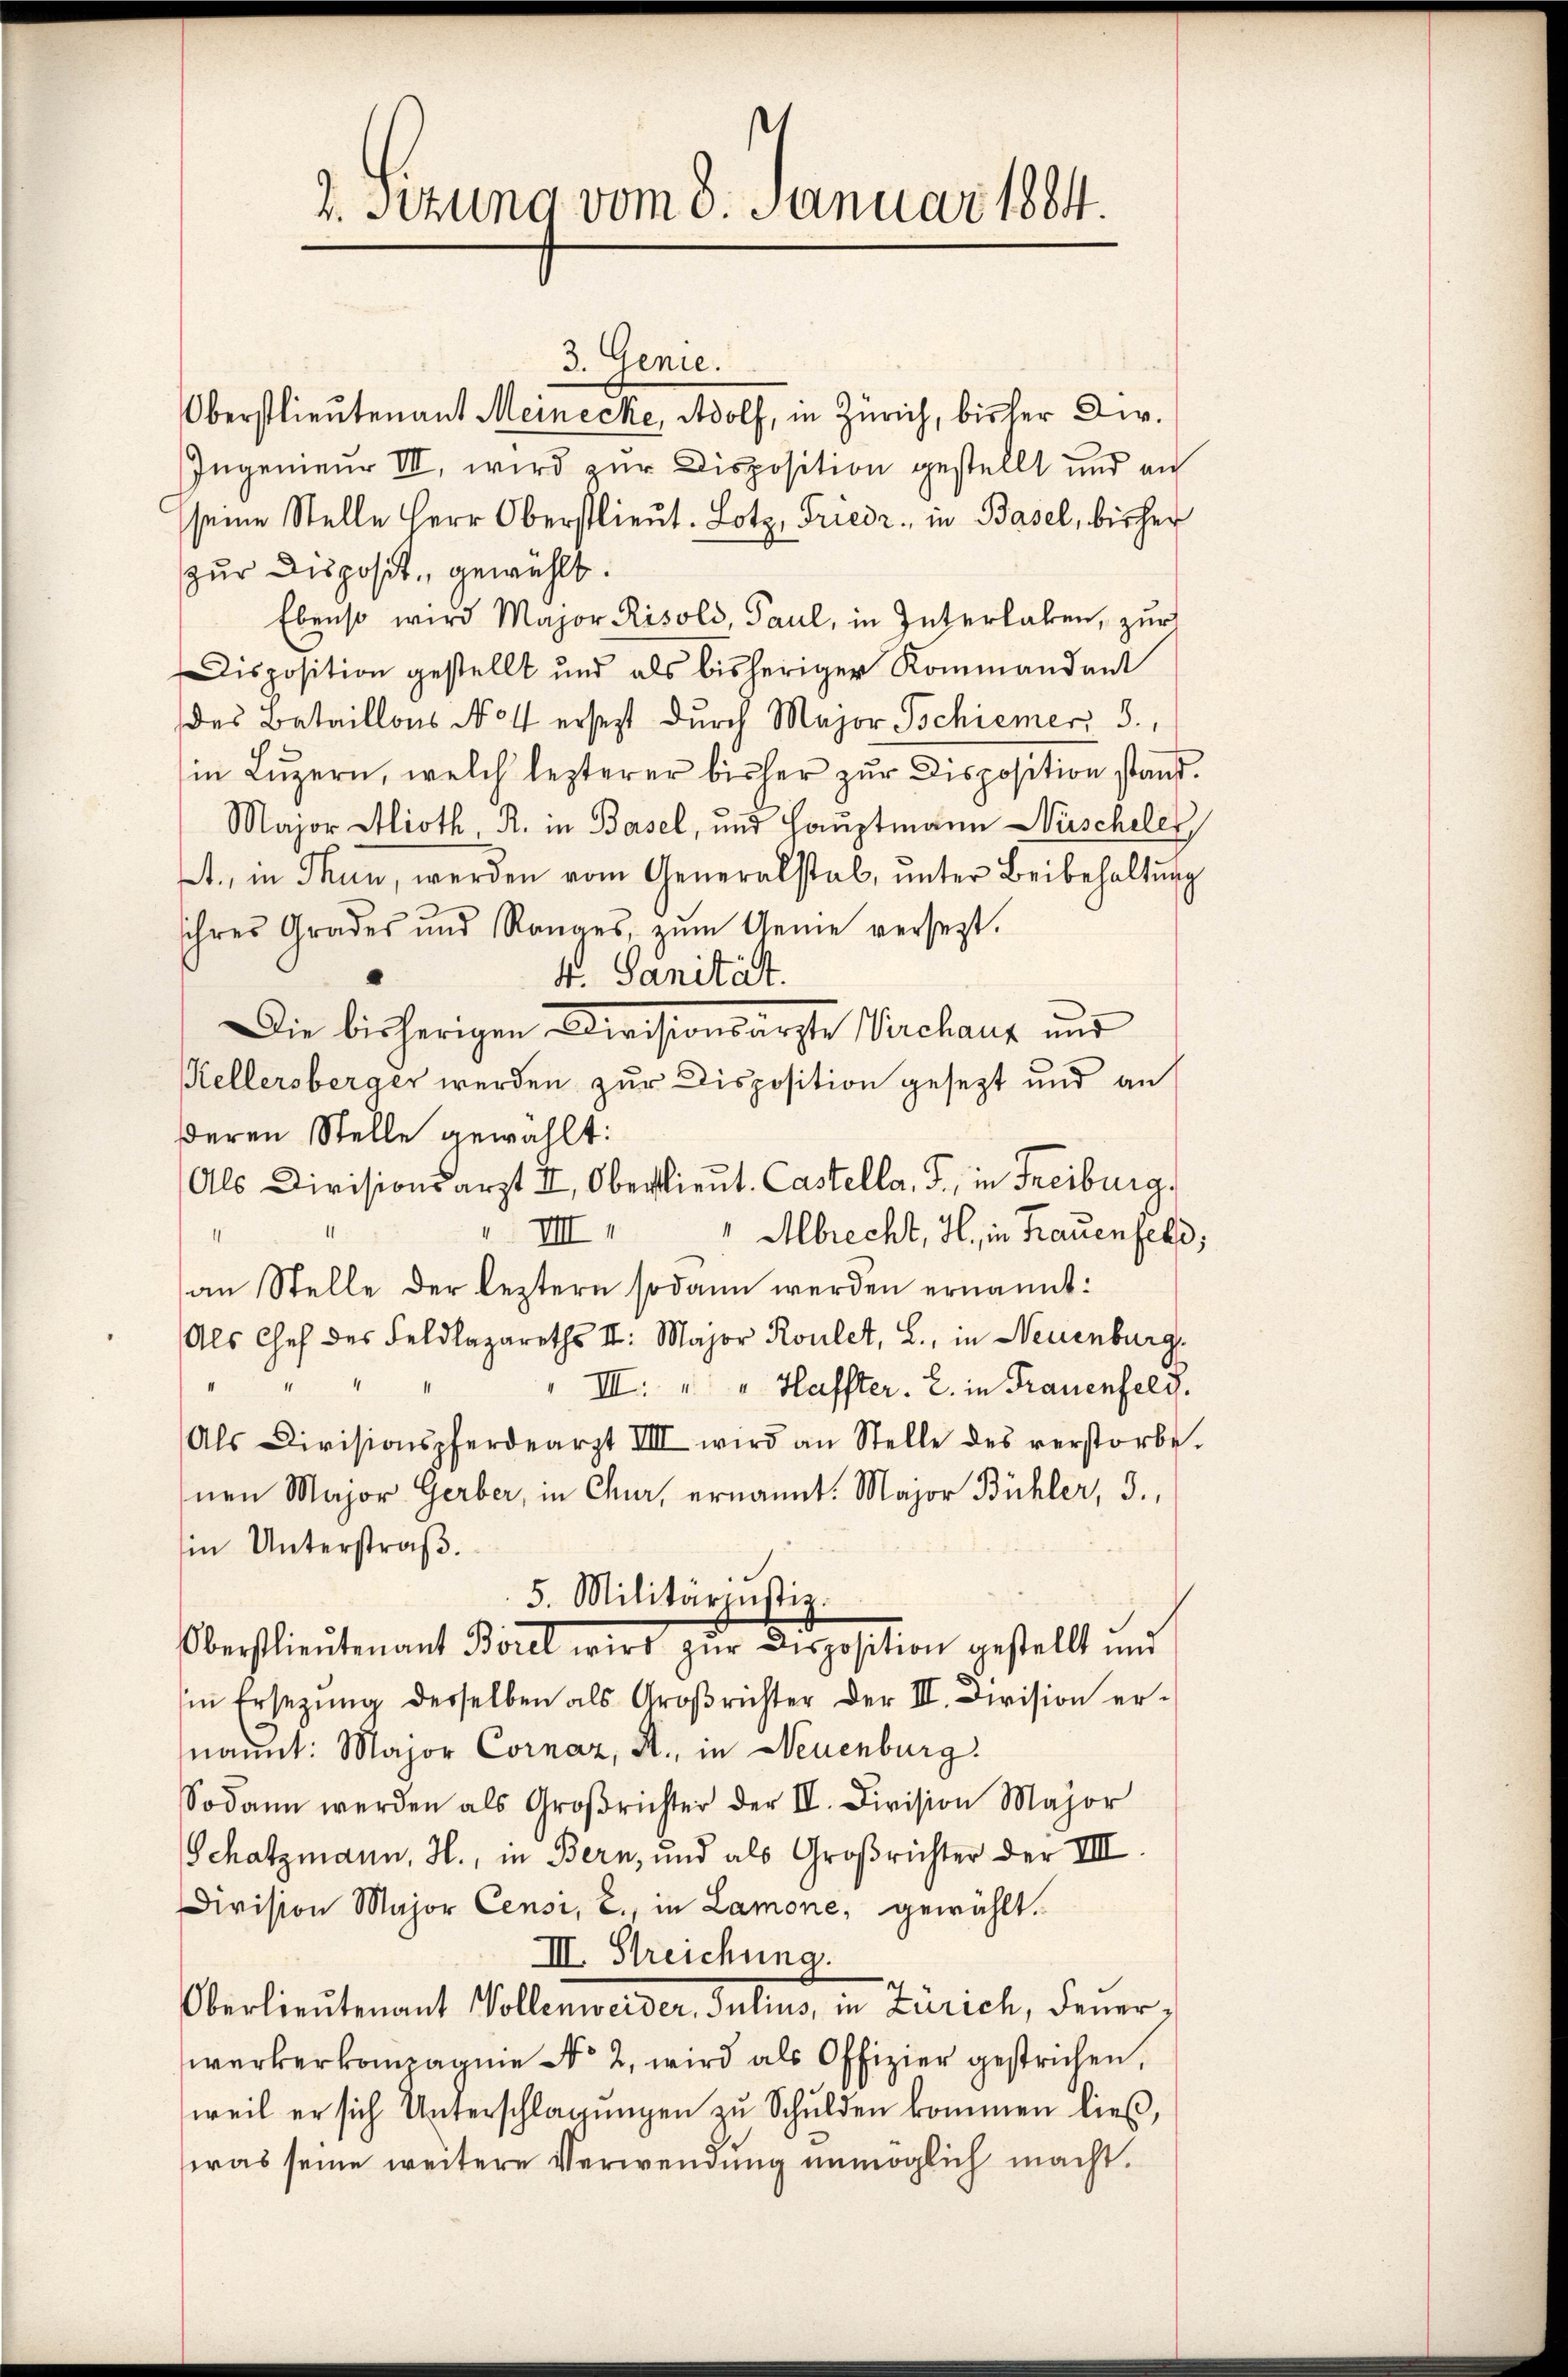
2. Sitzung vom 8. Januar 1884.

3. Genie.
Oberstlieutenant Meinecke, Adolf, in Zürich, bisher Dr.
Ingenieur III, wird zur Disposition gestellt und au
seine Stelle Herr Oberstlieut. Lotz, Friedr. in Basel, bisher
zur Disposit. gewählt.
Ebenso wird Major Risold, Paul, in Interhaben, zur
Disposition gestellt und als bisheriger Kommandant
des Bataillons No 4 ersetzt durch Major Tschiener, 3.,
in Lŭzern, welch lezterer bisher zŭr Disposition stand.
Major Alioth, R. in Basel, und Hauptmann Nüscheler
t., in Thun, werden vom Generalstab, unter Beibehaltung
ihres Grades und Ranges, zŭm Aeme versetzt.
4. Sanität.
Die bisherigen Divisionsarzte Werchaus und
Kellersberger werden zur Disposition gesezt und an
deren Stelle gewählt:
Als Divisionsarzt II, Oberlieŭt. Castella, J., in Freiburg,
" VIII " " Albrecht, H., in Frauenfels,
I
an Stelle der leztern sodann werden ernannt:
Als Chef des Feldlazareths II. Major Roulet, L., in Neuenburg
4
III. " " Haffter. E. in Frauenfeld.
II
Als Divisionspferdearzt VIII wird an Stelle des verstorbe.
nen Major Gerber, in Chur, ernannt: Major Bühler, 3.,
in Unterstraß.
5. Militärjustiz.
Oberstlieutenant Borel wird zŭr Disposition gestellt und
Ein Ersetzŭng derselben als Groβrichter der III. Division er-
nannt: Major Cornaz, R., in Neuenburg.
Sodann werden als Groβrichter der II. Division Major
Schatzmann, H., in Bern, und als Großrichter der VIII
Division Major Censi, 2., in Lamone, gewählt.
III. Streichung.
Oberlieutenant Vollenweider, Julius, in Zürich, Feuerwerkerkompagnie No 2. wird als Offizier gestrichen,
weil er sich Unterschlagungen zu Schulden kommen ließ,
was seine weitere Verwendung unmöglich macht.